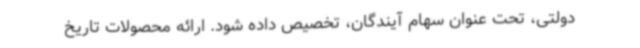
دولتی، تحت عنوان سهام آیندگان، تخصیص داده شود. ارائه محصولات تاریخ